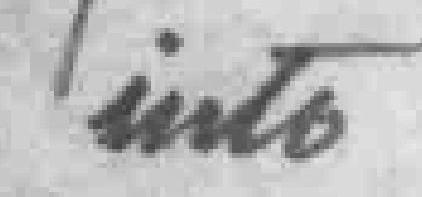
into